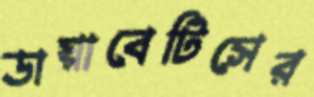
ডায়াবেটিসের